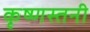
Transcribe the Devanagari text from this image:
कृष्णस्तनी